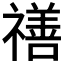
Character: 𥛶